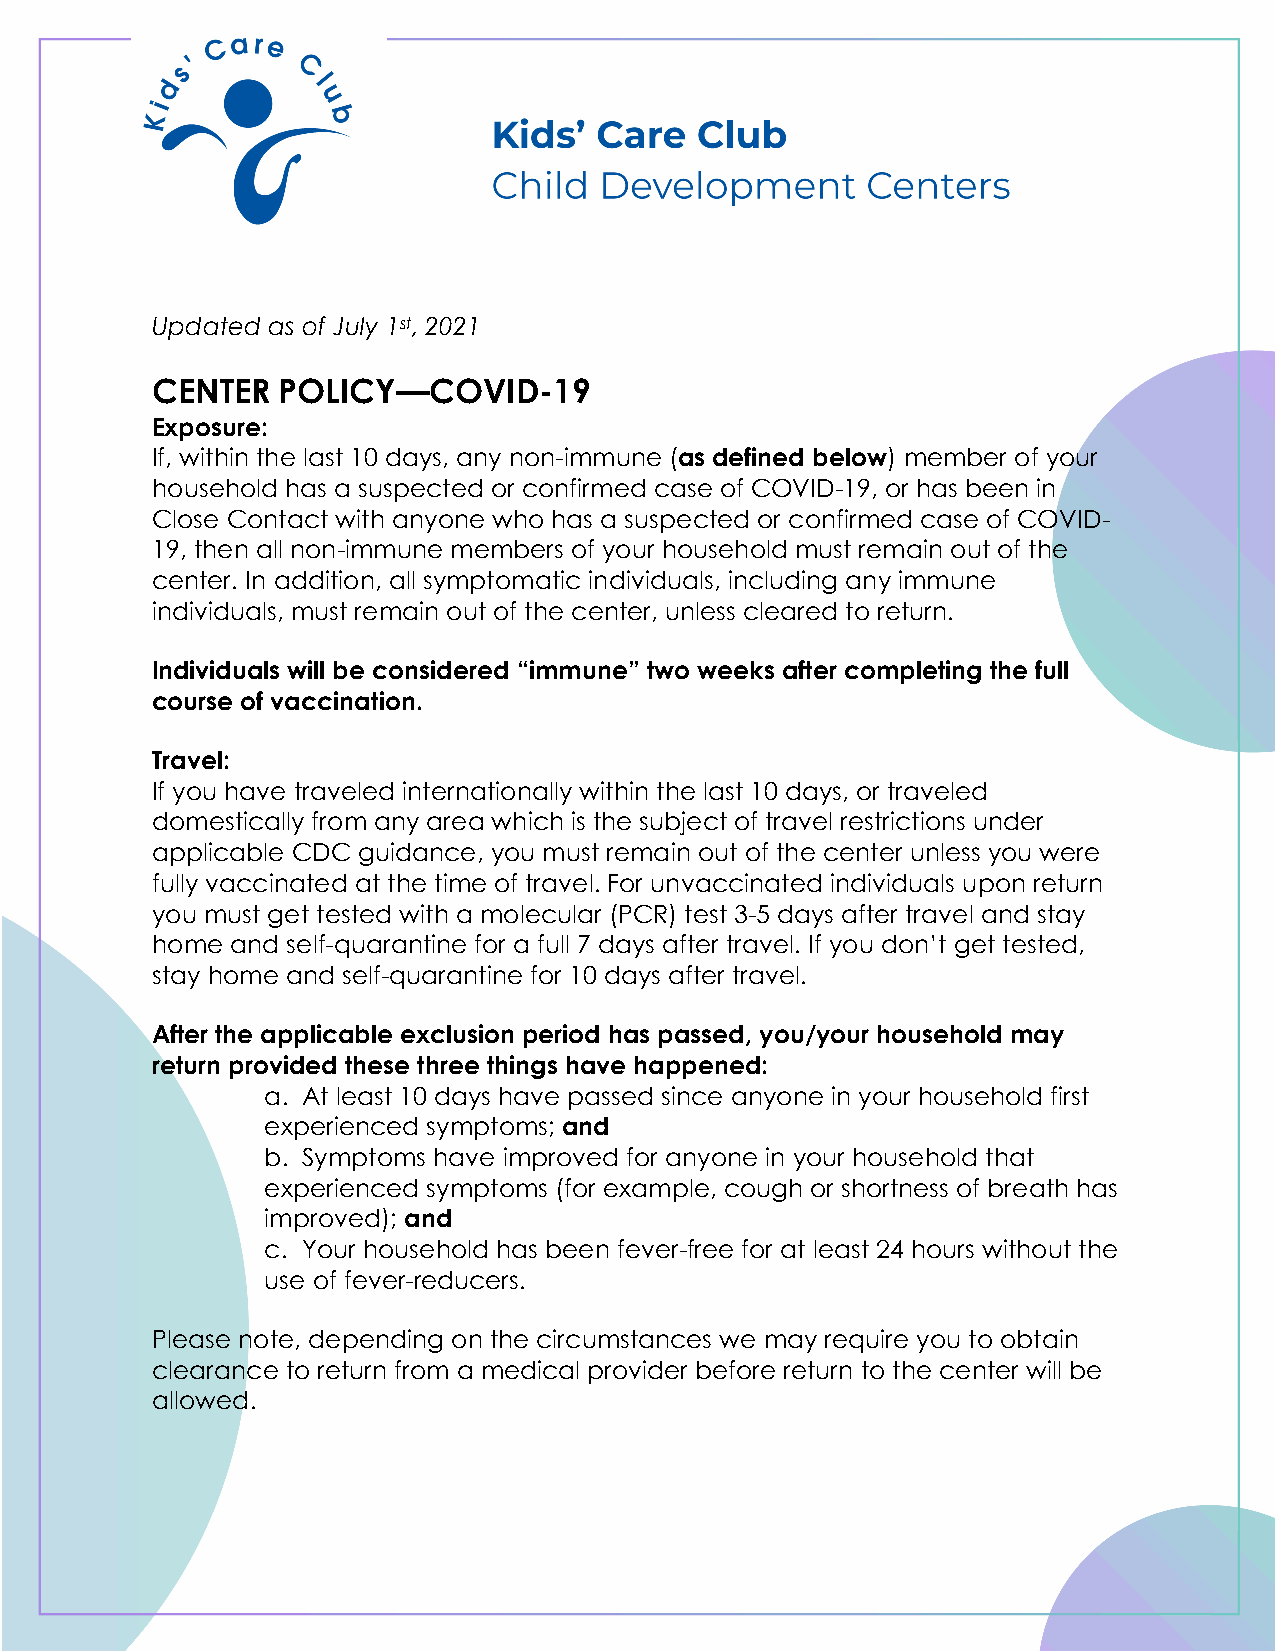
Updated as of July 1st, 2021
 CENTER  POLICY—COVID-19
 Exposure:
 If, within the last 10 days, any non-immune (as defined below) member of your
 household has a suspected or confirmed case of COVID-19, or has been in
 Close Contact with anyone who has a suspected or confirmed case of COVID-
 19, then all non-immune members of your household must remain out of the
 center. In addition, all symptomatic individuals, including any immune
 individuals, must remain out of the center, unless cleared to return.
 Individuals will be considered “immune” two weeks after completing the full
 course of vaccination.
 Travel:
 If you have traveled internationally within the last 10 days, or traveled
 domestically from any area which is the subject of travel restrictions under
 applicable CDC guidance, you must remain out of the center unless you were
 fully vaccinated at the time of travel. For unvaccinated individuals upon return
 you must get tested with a molecular (PCR) test 3-5 days after travel and stay
 home and self-quarantine for a full 7 days after travel. If you don’t get tested,
 stay home and self-quarantine for 10 days after travel.
 After the applicable exclusion period has passed, you/your household may
 return provided these three things have happened:
 a. At least 10 days have passed since anyone in your household first
 experienced symptoms; and
 b. Symptoms have improved for anyone in your household that
 experienced symptoms (for example, cough or shortness of breath has
 improved); and
 c. Your household has been fever-free for at least 24 hours without the
 use of fever-reducers.
 Please note, depending on the circumstances we may require you to obtain
 clearance to return from a medical provider before return to the center will be
 allowed.